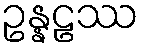
ဥန္နဠဿ